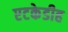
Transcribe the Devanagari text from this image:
एटकेडीह